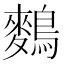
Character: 𪄳